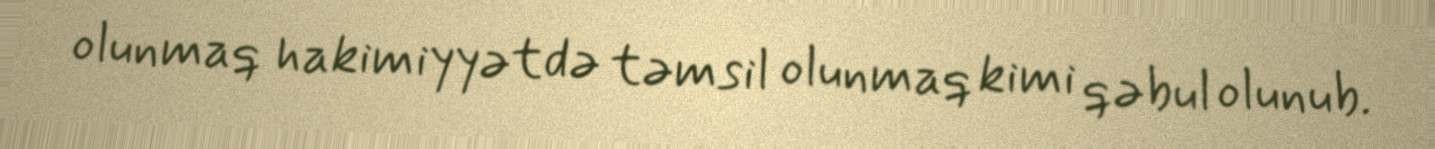
olunmaq hakimiyyətdə təmsil olunmaq kimi qəbul olunub.